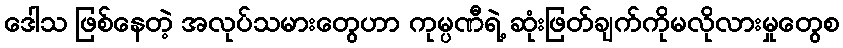
ဒေါသ ဖြစ်နေတဲ့ အလုပ်သမားတွေဟာ ကုမ္ပဏီရဲ့ ဆုံးဖြတ်ချက်ကိုမလိုလားမှုတွေစ